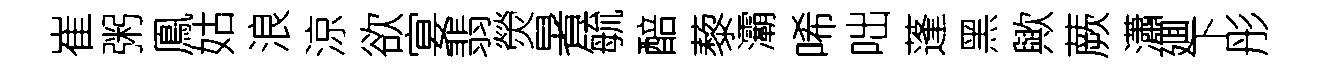
崔粥鳯姑浪涼欲宴翡熒暑毓醅藜灞唏咄蓬黑歟蕨瀟廽下彤